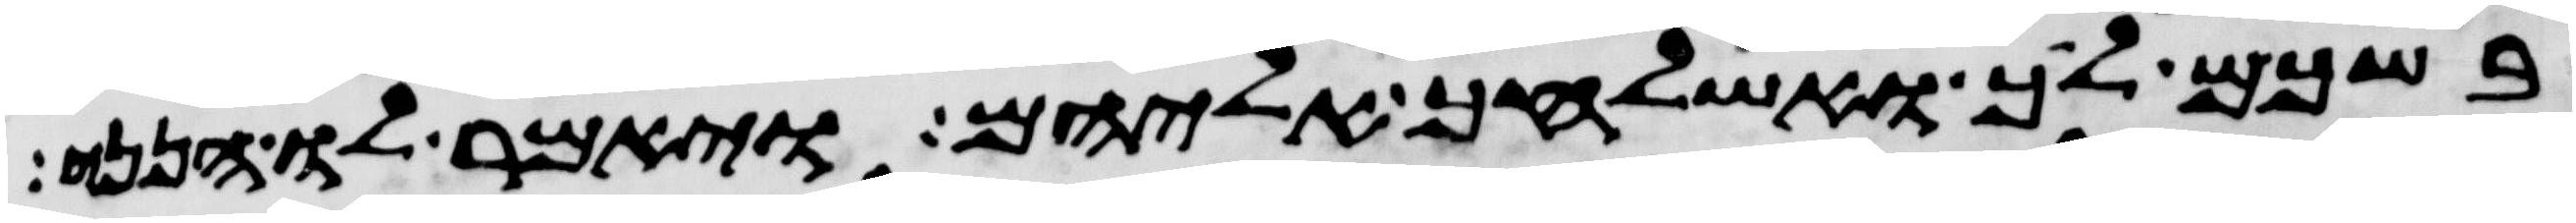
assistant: בשכם לך ואשלחך אליהם ויאמר לו הנני